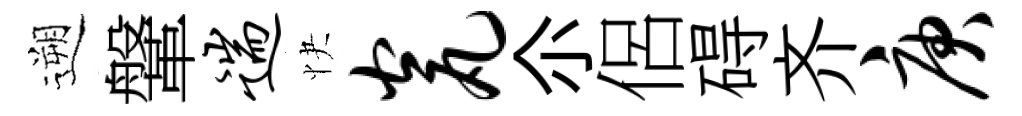
遡鞶遄快瓮尒侶碍齐庚